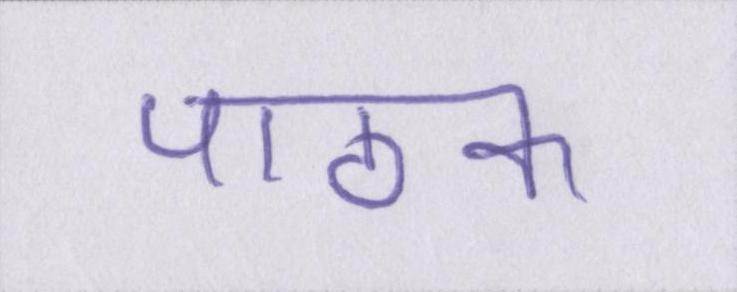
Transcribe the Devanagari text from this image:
पाठक